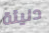
دنيئة